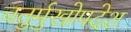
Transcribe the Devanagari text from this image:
चतुर्मुखोपदेश